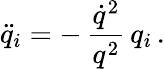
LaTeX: \ddot{q}_{i}=-\, \frac{\dot{q}^{2}}{q^{2}}\, q_{i}\, .